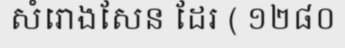
សំរោងសែន ដែរ ( ១២៨០